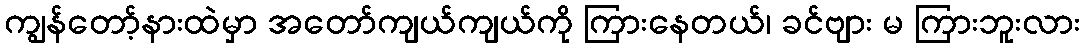
ကျွန်တော့်နားထဲမှာ အတော်ကျယ်ကျယ်ကို ကြားနေတယ်၊ ခင်ဗျား မ ကြားဘူးလား